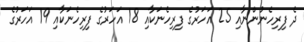
ދެ ފިރިހެނުންނާއި 25 އަހަރުގެ ފިރިހެނަކާއި 18 އަހަރުގެ ފިރިހެނަކާއި 19 އަހަރުގެ